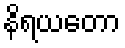
နိရယတော